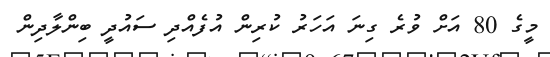
މީގެ 80 އަށް ވުރެ ގިނަ އަހަރު ކުރިން އުފެއްދި ސައުދީ ބިންލާދިން